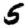
Digit: 5